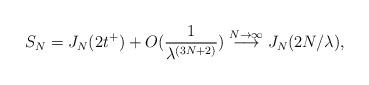
LaTeX: \begin{align*}S_{N}=J_{N}(2t^{+})+O(\frac{1}{\lambda^{(3N+2)}})\stackrel{N\rightarrow\infty}{\longrightarrow}J_{N}(2N/\lambda),\end{align*}